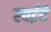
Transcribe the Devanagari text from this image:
रवईये